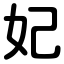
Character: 妃